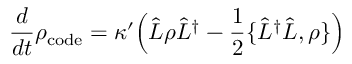
\frac { d } { d t } \rho _ { \mathrm { c o d e } } = \kappa ^ { \prime } \Big ( \hat { L } \rho \hat { L } ^ { \dagger } - \frac { 1 } { 2 } \{ \hat { L } ^ { \dagger } \hat { L } , \rho \} \Big )